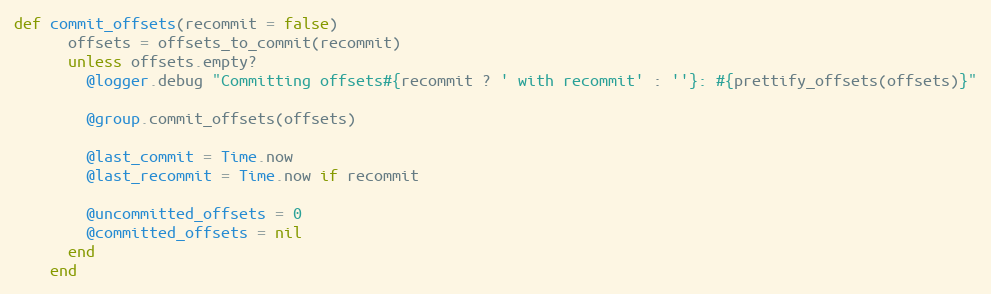
Language: Ruby
def commit_offsets(recommit = false)
      offsets = offsets_to_commit(recommit)
      unless offsets.empty?
        @logger.debug "Committing offsets#{recommit ? ' with recommit' : ''}: #{prettify_offsets(offsets)}"

        @group.commit_offsets(offsets)

        @last_commit = Time.now
        @last_recommit = Time.now if recommit

        @uncommitted_offsets = 0
        @committed_offsets = nil
      end
    end